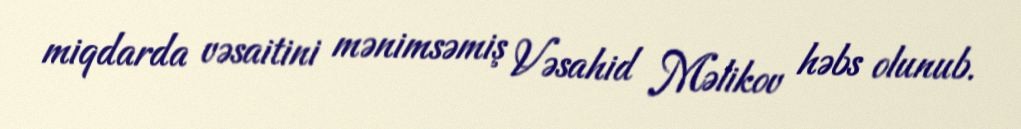
miqdarda vəsaitini mənimsəmiş Vəsahid Məlikov həbs olunub.